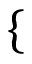
\{